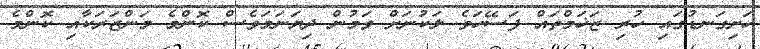
ހަށިގަނޑުގައި ހުރި ޒަޚަމްތައް ފަސޭހަވެ ލަކުނަށް ވަމުން ދިޔަނަމަވެސް ކޮންމެ މަންޒަރަކާއި ކޮންމެ